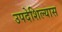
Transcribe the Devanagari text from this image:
उपदेशिल्यास